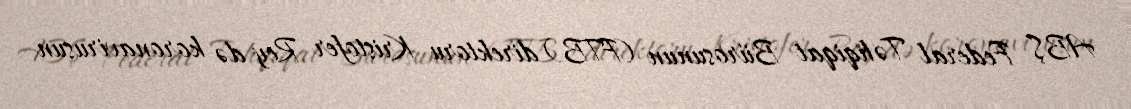
ABŞ Federal Təhqiqat Bürosunun (FTB) direktoru Kristofer Rey də koronavirusun